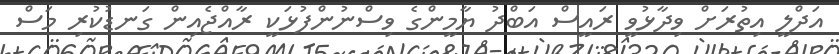
އަދްލީ އިތުރަށް ވިދާޅުވީ ރައީސް އަބްދު ޔާމީންގެ ވިސްނުންފުޅަކީ ރާއްޖެއިން ގަނޑުކުރި މަސް